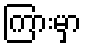
ကြားမှာ